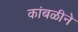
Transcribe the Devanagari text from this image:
कांबळीने